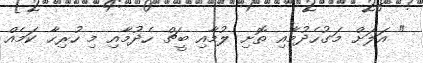
" އަލަށް މަގުހެދުމާއި ތޮށި ލުމާއި ބީޗް ހެދުމާއި މި ހުރިހާ ކަމެއް